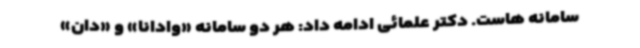
سامانه هاست. دکتر علمائی ادامه داد: هر دو سامانه «وادانا» و «دان»